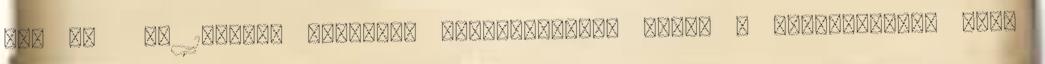
el. 39 Az 1973-as modellek egyedülállóak abból a szempontból, hogy